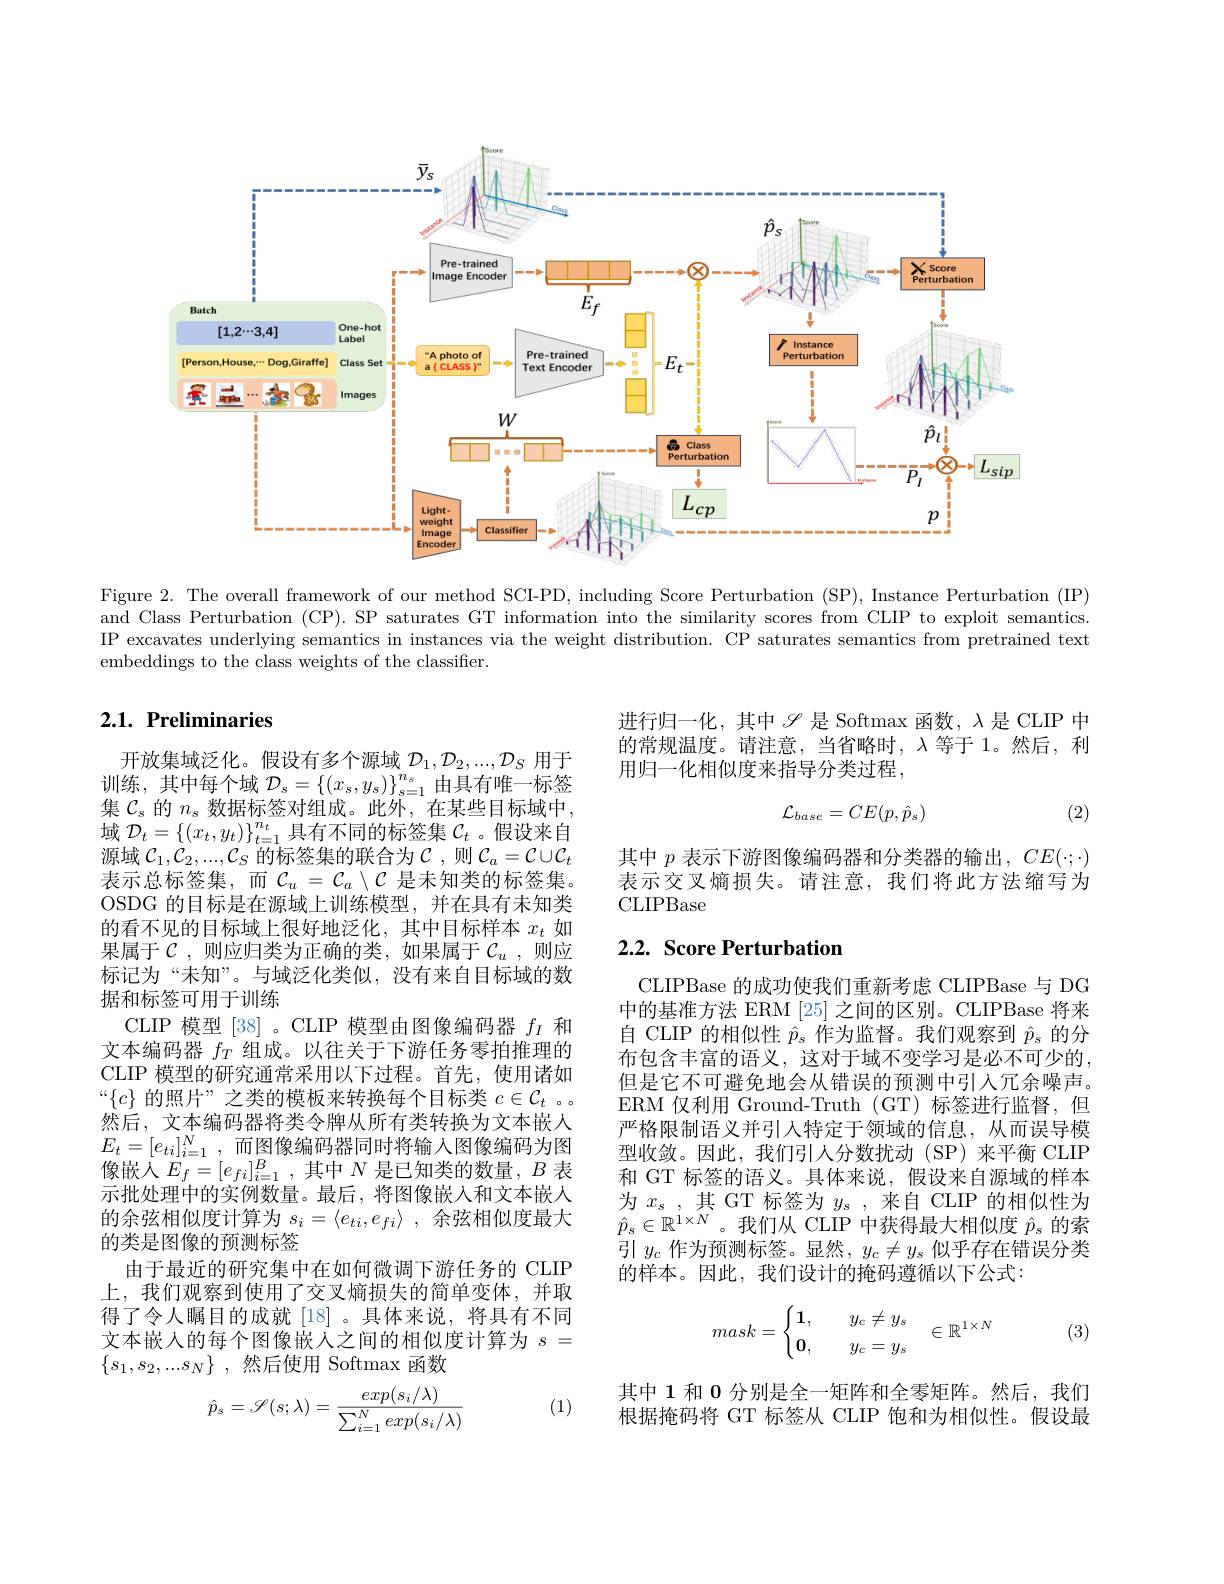
<FigureHere>

Figure 2. The overall framework of our method SCI-PD, including Score Perturbation (SP), Instance Perturbation (IP) and Class Perturbation (CP). SP saturates GT information into the similarity scores from CLIP to exploit semantics IP excavates underlying semantics in instances via the weight distribution. CP saturates semantics from pretrained text embeddings to the class weights of the classifier.

## $2. 1. \textbf{Preliminaries}$

进行归一化，其中$\mathscr{S}$是 Softmax 函数，$\lambda$是 CLIP 中的常规温度。请注意，当省略时，$\lambda$等于1。然后，利用归一化相似度来指导分类过程，
$$\mathcal{L}_{base}=CE(p,\hat{p}_s)$$
(2)

其中$p$表示下游图像编码器和分类器的输出，$CE(\cdot;\cdot)$ 表示交叉熵损失。请注意，我们将此方法缩写为CLIPBase

# 2.2. Score Perturbation

开放集域泛化。假设有多个源域$\mathcal{D}_1,\mathcal{D}_2,...,\mathcal{D}_S$用于训练，其中每个域$\mathcal{D}_s=\left\{\left(x_s,y_s\right)\right\}_{s=1}^{n_s}$由具有唯一标签集$\mathcal{C}_s$的$n_s$数据标签对组成。此外，在某些目标域中， 域$\mathcal{D}_t=\left\{(x_t,y_t)\right\}_{t=1}^{n_t}$具有不同的标签集$\mathcal{C}_t$ 。假设来自源域$\mathcal{C}_1,\mathcal{C}_2,...,\mathcal{C}_S$的标签集的联合为$\mathcal{C}$ ,则$\mathcal{C}_a=\mathcal{C}\cup\mathcal{C}_t$ 表示总标签集，而$\mathcal{C}_u=\mathcal{C}_a\setminus\mathcal{C}$ 是未知类的标签集。OSDG 的目标是在源域上训练模型，并在具有未知类的看不见的目标域上很好地泛化，其中目标样本$x_t$如果属于$\mathcal{C}$,则应归类为正确的类，如果属于$\mathcal{C}_u$,则应标记为“未知”。与域泛化类似，没有来自目标域的数据和标签可用于训练
CLIP 模型[38]。CLIP 模型由图像编码器$f_I$和文本编码器$f_T$组成。以往关于下游任务零拍推理的CLIP 模型的研究通常采用以下过程。首先，使用诸如“$\{c\}$的照片”之类的模板来转换每个目标类$c\in\mathcal{C}_t$ 。然后，文本编码器将类令牌从所有类转换为文本嵌人$E_{t}=[e_{ti}]_{i=1}^{N}$,而图像编码器同时将输入图像编码为图像嵌人$E_f=[e_{fi}]_{i=1}^B$,其中$N$ 是已知类的数量$,B$ 表示批处理中的实例数量。最后，将图像嵌人和文本嵌人的余弦相似度计算为$s_i= \langle e_{ti}, e_{fi}\rangle$ ,余弦相似度最大的类是图像的预测标签
由于最近的研究集中在如何微调下游任务的 CLIP 上，我们观察到使用了交叉熵损失的简单变体，并取得了令人瞩目的成就[18]。具体来说，将具有不同文本嵌人的每个图像嵌人之间的相似度计算为$s=$ $\{ s_1, s_2, . . . s_N\}$ ,然后使用 Softmax 函数
$$\hat{p}_s=\mathscr{S}(s;\lambda)=\frac{exp(s_i/\lambda)}{\sum_{i=1}^Nexp(s_i/\lambda)}$$
CLIPBase 的成功使我们重新考虑 CLIPBase 与 DG 中的基准方法 ERM [25] 之间的区别。CLIPBase 将来自 CLIP 的相似性$\hat{p}_s$作为监督。我们观察到$\hat{p}_s$的分布包含丰富的语义，这对于域不变学习是必不可少的， 但是它不可避免地会从错误的预测中引人冗余噪声。ERM 仅利用 Ground-Truth (GT) 标签进行监督，但严格限制语义并引入特定于领域的信息，从而误导模型收敛。因此，我们引人分数扰动(SP)来平衡 CLIP 和 GT 标签的语义。具体来说，假设来自源域的样本为$x_s$ ,其 GT 标签为$y_s$ ,来自 CLIP 的相似性为$\hat{p}_{s}\in\mathbb{R}^{1\times N}$。我们从 CLIP 中获得最大相似度$\hat{p}_{s}$的索引$y_c$作为预测标签。显然，$y_c\neq y_s$ 似乎存在错误分类的样本。因此，我们设计的掩码遵循以下公式：
$$mask=\begin{cases}\mathbf{1},\quad y_c\neq y_s\\\mathbf{0},\quad y_c=y_s\end{cases}\in\mathbb{R}^{1\times N}$$
(3)

其中 1 和 0 分别是全一矩阵和全零矩阵。然后，我们根据掩码将 GT 标签从 CLIP 饱和为相似性。假设最

(1)